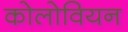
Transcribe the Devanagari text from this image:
कोलोवियन